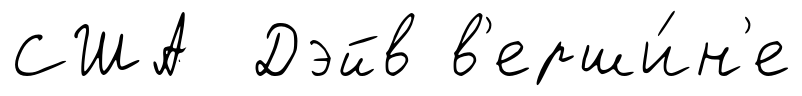
США Дэйв в'ерши́н'е